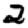
Digit: 2